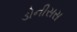
ડોનીસસ